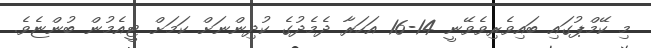
މި ކޭމްޕުގައި ބައިވެރިވެވޭނީ 14-16 އަހަރާ ދެމެދުގެ ކުދިންނަށް ކަމަށް ޓީއެމުން ބުންޏެވެ.